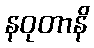
နဝုတာနိ